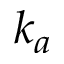
k _ { a }